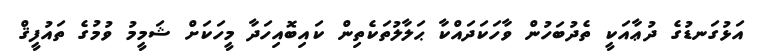
އަޅުގަނޑުގެ ދުޢާއަކީ ތެދުބަހުން ވާހަކަދައްކާ ޙަލާލުތަކެތިން ކައިބޮއިހަދާ މީހަކަށް ޝަމީމު ވުމުގެ ތައުފީޤް